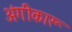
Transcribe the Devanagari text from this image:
अंगीकारू